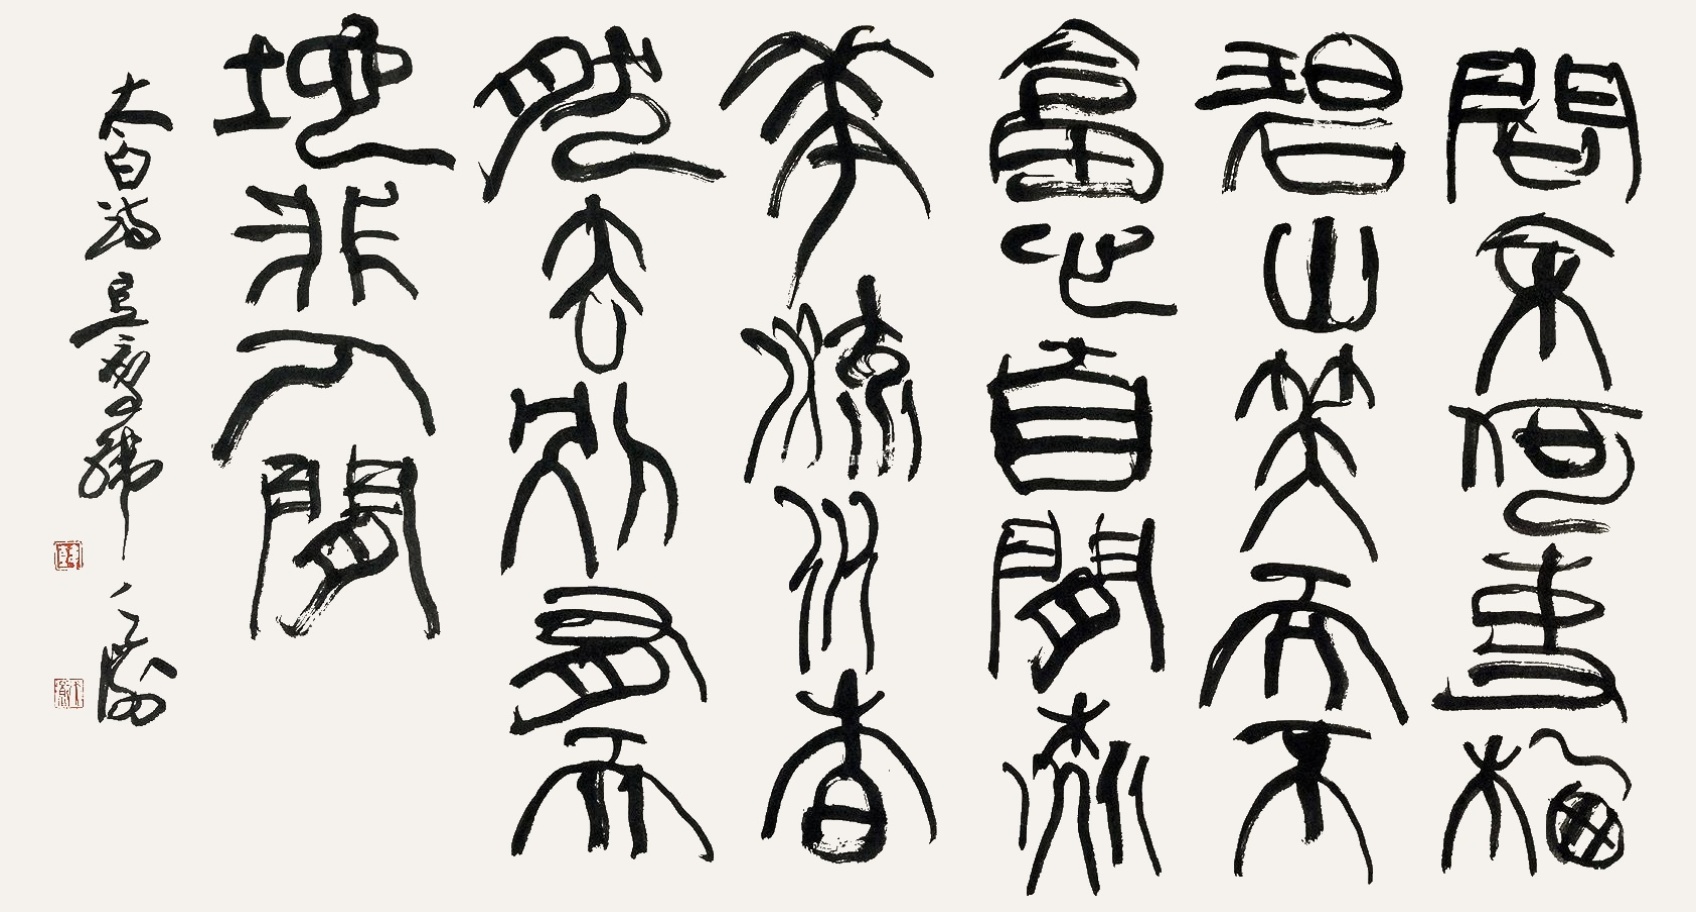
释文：问余何事栖碧山，笑而不答心自闲。桃花流水杳然去，别有天地非人间。太白诗，豆庐韩天衡。